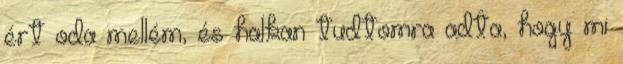
ért oda mellém, és halkan tudtomra adta, hogy mi